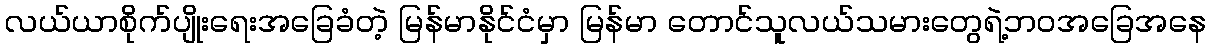
လယ်ယာစိုက်ပျိုးရေးအခြေခံတဲ့ မြန်မာနိုင်ငံမှာ မြန်မာ တောင်သူလယ်သမားတွေရဲ့ဘဝအခြေအနေ